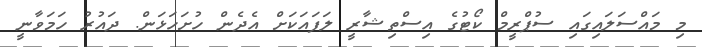
މި މައްސަލައިގައި ސުޕްރީމް ކޯޓުގެ އިސްތިޝާރީ ލަފައަކަށް އެދެން ހުށަހަޅަން. ދައުރު ހަމަވާނީ